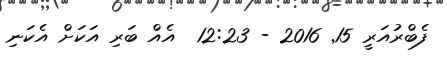
ފެބްރުއަރީ 15